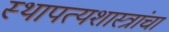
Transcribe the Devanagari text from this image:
स्थापत्यशास्त्रांचा